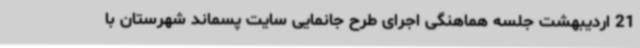
21 اردیبهشت جلسه هماهنگی اجرای طرح جانمایی سایت پسماند شهرستان با